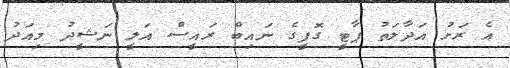
އެ ރަށު އަދާލަތު ޕާޓީ ގޮފީގެ ނައިބް ރައީސް އަލީ ނަޝީދު މިއަދު